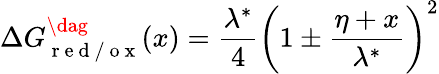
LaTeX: \Delta G_{\mathrm{~r~e~d~/~o~x~}}^{\dag}(x)=\frac{\lambda^{*}}{4}\left(1\pm\frac{\eta+x}{\lambda^{*}}\right)^{2}